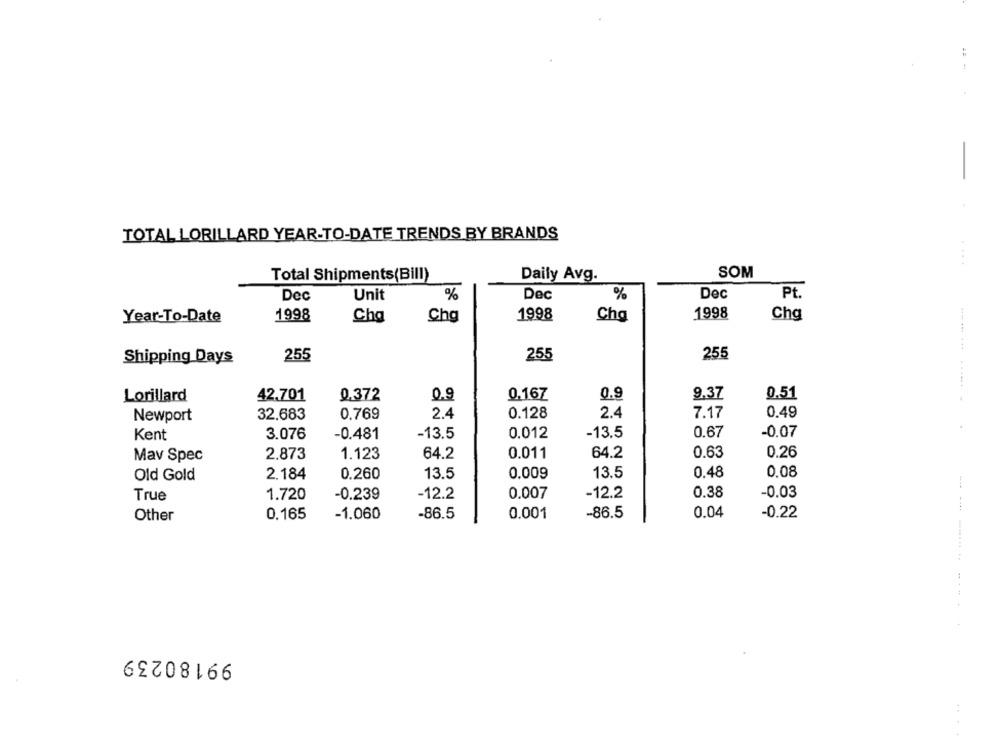
:
TOTAL LORILLARD YEAR-TO-DATE TRENDS BY BRANDS
....
SOM
Total Shipments(Bill)
Daily Avg.
Dec
Unit
%
Dec
%
Dec
Pt.
Year-To-Date
1998
Cha
Chg
1998
Cha
1998
Chg
255
255
255
Shipping Days
Lorillard
42.701
0.372
0.9
0.167
0.9
9.37
0.51
32.683
0.769
2.4
0.128
2.4
7.17
0.49
Newport
.
Kent
3.076
-0.481
-13.5
0.012
-13.5
0.67
-0.07
0.63
Mav Spec
2.873
1.123
64.2
0.011
64.2
0.26
2.184
13.5
0.009
13.5
0.48
0.08
Old Gold
0.260
True
1.720
-0.239
-12.2
0.007
-12.2
0.38
-0.03
0.04
Other
0,165
-1.060
-86.5
0.001
-86.5
-0.22
99180239